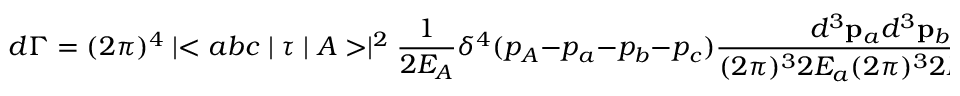
d \Gamma = ( 2 \pi ) ^ { 4 } \mid < a b c \mid \tau \mid A > \mid ^ { 2 } \frac { 1 } { 2 E _ { A } } \delta ^ { 4 } ( p _ { A } - p _ { a } - p _ { b } - p _ { c } ) \frac { d ^ { 3 } { \bf p } _ { a } d ^ { 3 } { \bf p } _ { b } d ^ { 3 } { \bf p } _ { c } } { ( 2 \pi ) ^ { 3 } 2 E _ { a } ( 2 \pi ) ^ { 3 } 2 E _ { b } ( 2 \pi ) ^ { 3 } 2 E _ { c } } ,